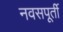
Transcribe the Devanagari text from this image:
नवसपूर्ती